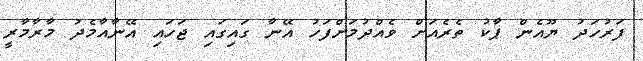
ފަރުހަދު ޔޫއެން ޕާކު ތެރެއަށް ވެއްދުމަށްފަހު އޭނާ ގައިގައި ޖަހައި އޭނާއާމެދު މާރާމާރީ